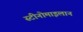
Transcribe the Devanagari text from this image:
स्टीनोमाइलान